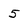
Character: 5